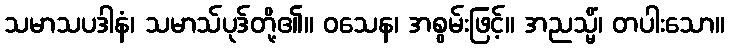
သမာသပဒါနံ၊ သမာသ်ပုဒ်တို့၏။ ဝသေန၊ အစွမ်းဖြင့်။ အညသ္မိံ၊ တပါးသော။